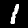
Label: 1